system: You are a helpful assistant.
user:
Analyze the provided spectrum to determine if it is a **S-type Star**.

- **Key Indicators for S-type Star:**

    - **(Overall Spectrum Shape):** The first and most obvious characteristic is the overall continuum (the "baseline" shape). It is **extremely "red-sloping,"** meaning the flux (light intensity) is very low on the left side (blue, ~4000-4500 Å) and rises steeply and continuously toward the right side (red, ~7000 Å+).

    - **(Primary):** The spectrum is defined by the presence of strong, broad molecular absorption "valleys" (bands) from **Zirconium Oxide (ZrO)**. The identification of these bands is the **primary requirement** for classifying a star as S-type.
        - **(Key Bandheads):** You must find distinct, deep "dips" where the light has been absorbed. The most critical band systems to locate are:
            - **~6474 Å** ($\gamma$-system): This is often the strongest and clearest ZrO feature, found in the red part of the spectrum.
            - **~5718 Å** & **~5551 Å** ($\beta$-system): A pair of prominent absorption features in the yellow-orange part of the spectrum.
            - **~4640 Å** ($\alpha$-system): A key absorption band system in the blue-green region of the spectrum.

    - **(Secondary Confirmation):** The classification is strengthened by finding additional absorption bands from other related heavy element oxides, which are expected to be present alongside ZrO.
        - **(Key Bandheads):**
            - **Yttrium Oxide (YO):** Look for absorption dips near **~4800 Å** and **~6100 Å**.
            - **Lanthanum Oxide (LaO):** Additional absorption features, particularly in the red-orange part of the spectrum, are also characteristic.

    - **(Line Profile):** The combination of the steep red continuum and these numerous, deep molecular bands (ZrO, YO, etc.) gives the entire spectrum a very **"chopped-up"** or **"bumpy"** appearance. Instead of a smooth curve, the spectrum looks as though large, wide chunks of light have been "carved out" of it at the specific wavelengths listed above.

Think first, call **spectral_visualization_tool** if needed to examine features in detail, then provide your final answer. Your response must adhere to the following strict rules:
1.  **Overall Structure:** Your response must follow the format `<think>...</think> <tool_call>...</tool_call> (if a tool is used) <answer>...</answer>`.
2.  **Tool Usage Constraint:** You may only make **one** tool call per turn.
3.  **Final Answer Format:** In the `<answer>` tag, your conclusion must be inside a `\boxed{}` command (e.g., `\boxed{YES}` or `\boxed{NO}`), followed by your justification.

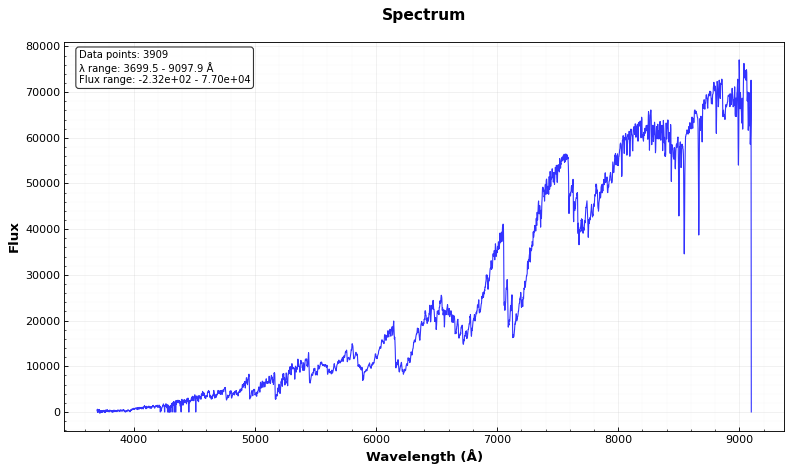
Answer: YES